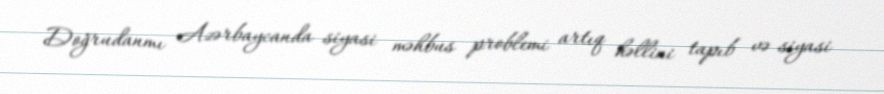
Doğrudanmı Azərbaycanda siyasi məhbus problemi artıq həllini tapıb və siyasi